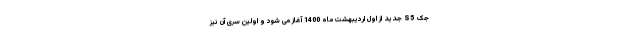
جک S5 جدید از اول اردیبهشت ماه 1400 آغاز می شود و اولین سری آن نیز